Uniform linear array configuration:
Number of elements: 4
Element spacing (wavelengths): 0.25
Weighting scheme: hann
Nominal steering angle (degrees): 60
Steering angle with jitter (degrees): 59.73
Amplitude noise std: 0.05
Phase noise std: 0.05

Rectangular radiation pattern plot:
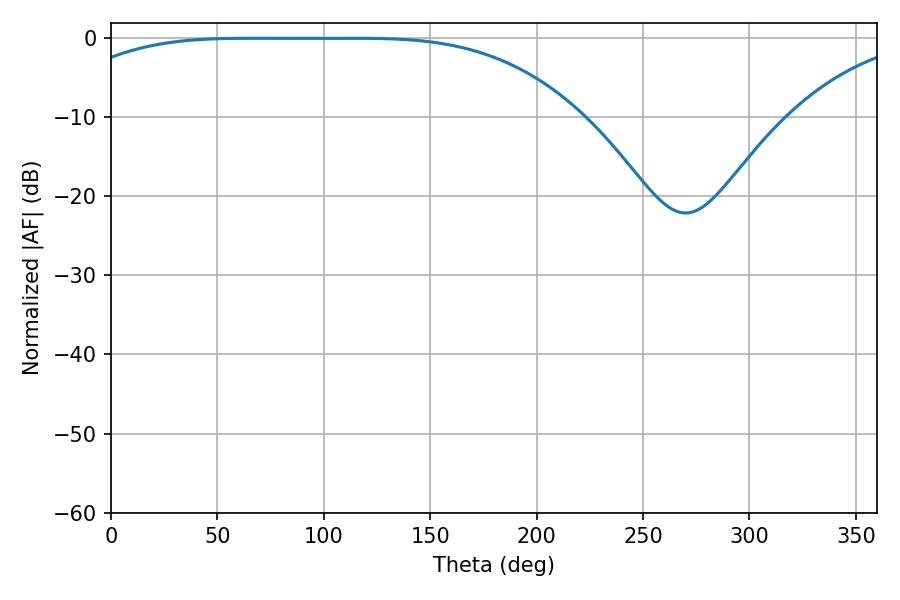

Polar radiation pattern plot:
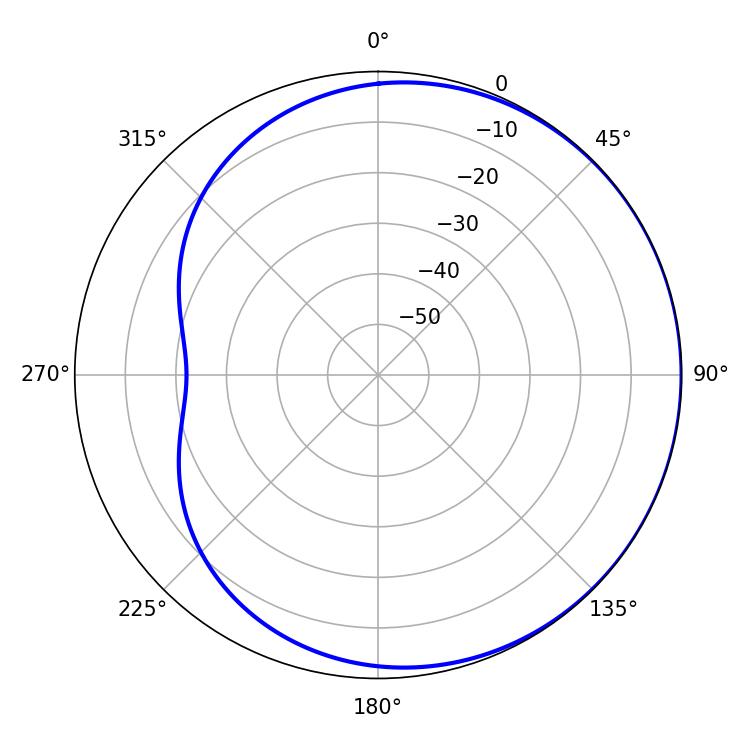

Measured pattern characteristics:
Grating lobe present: FALSE
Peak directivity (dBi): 0.5551
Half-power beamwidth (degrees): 185.4
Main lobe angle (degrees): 64.98